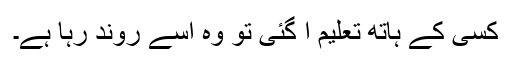
کسی کے ہاتھ تعلیم آ گئی تو وہ اسے روند رہا ہے۔